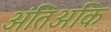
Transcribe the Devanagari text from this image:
अंतिअकि